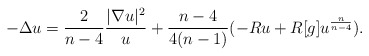
\begin{align*}- \Delta u = \frac {2}{n-4} \frac {|\nabla u|^2}u +\frac {n-4}{4(n-1)}(- Ru + R[g] u^\frac {n}{n-4}) .\end{align*}